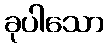
ခုပါသော